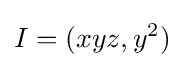
I=(xyz,y^{2})